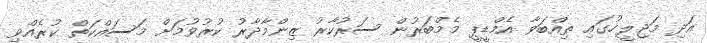
އަދި މަޖިލީހުގައި ތިއްބަވާ އެމްޑީޕީ މެމްބަރުން ސަރުކާރު ޒިންމާދާރު ކުރުވުމަށް މަސައްކަތް ކުރެއްވި